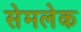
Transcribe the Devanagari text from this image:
सेमलेक